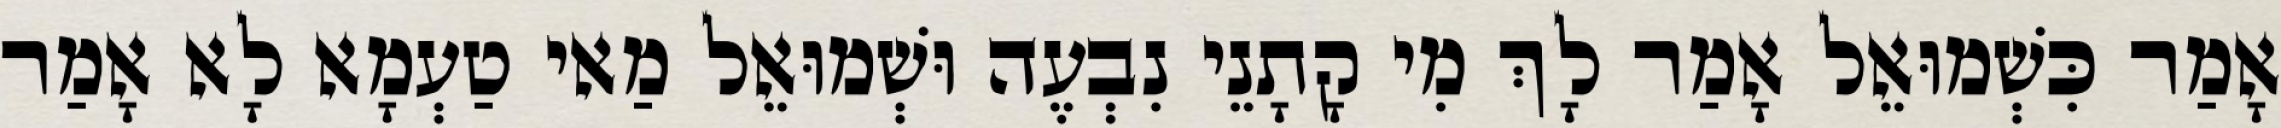
אָמַר כִּשְׁמוּאֵל אָמַר לָךְ מִי קָתָנֵי נִבְעֶה וּשְׁמוּאֵל מַאי טַעְמָא לָא אָמַר